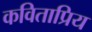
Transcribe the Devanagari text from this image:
कविताप्रिय